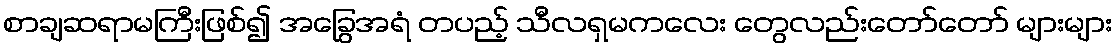
စာချဆရာမကြီးဖြစ်၍ အခြွေအရံ တပည့် သီလရှမကလေး တွေလည်းတော်တော် များများ